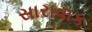
સારાવાક